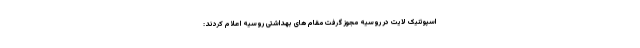
اسپوتنیک لایت در روسیه مجوز گرفت مقام های بهداشتی روسیه اعلام کردند: